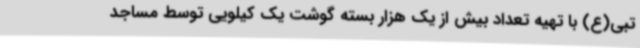
تبی(ع) با تهیه تعداد بیش از یک هزار بسته گوشت یک کیلویی توسط مساجد